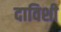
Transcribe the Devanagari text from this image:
दाविशी